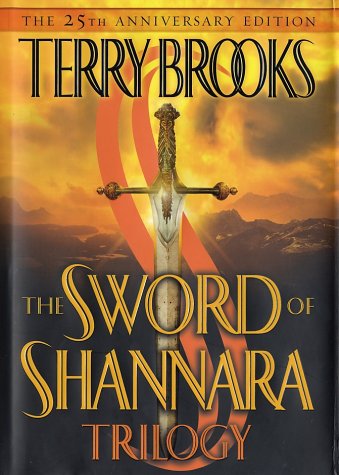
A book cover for The Sword of Shannara Trilogy; Terry Brooks; Science Fiction & Fantasy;